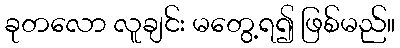
ခုတလော လူချင်း မတွေ့ရ၍ ဖြစ်မည်။